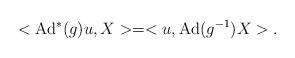
LaTeX: \begin{align*}<\mbox{Ad}^*(g)u,X>=<u,\mbox{Ad}(g^{-1})X>.\end{align*}